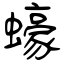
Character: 蠔